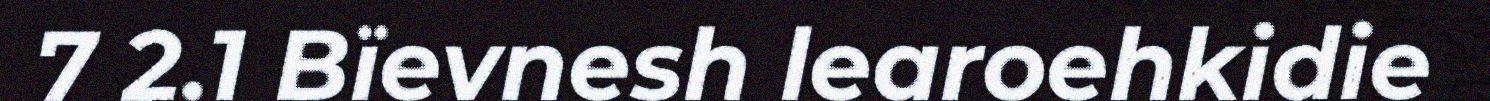
7 2.1 Bïevnesh learoehkidie